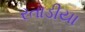
રતાડીયા